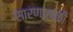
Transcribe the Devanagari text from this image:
सारणासाठी